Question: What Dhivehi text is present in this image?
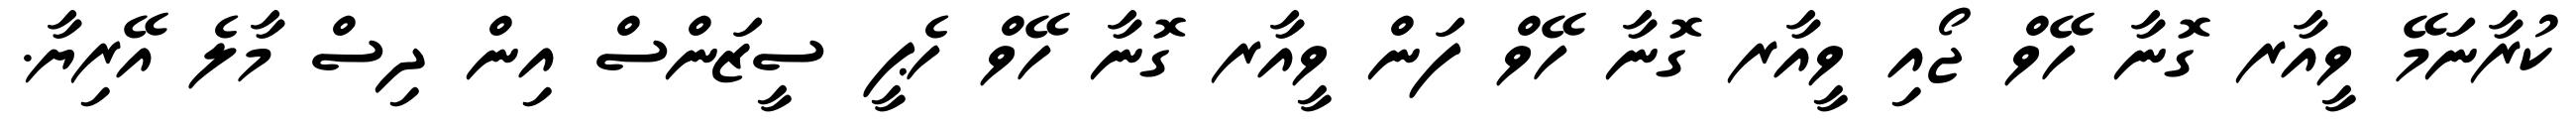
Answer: ކުރާނަމޭ ވީއާރ ގޮނާ ހޭވް ޖޯއި ވީއާރ ގޮނާ ހޭވް ފަން ވީއާރ ގޮނާ ހޭވް ހެޕީ ސީޒަންސް އިން ދިސް މާލެ އޭރިޔާ.